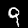
Digit: 9